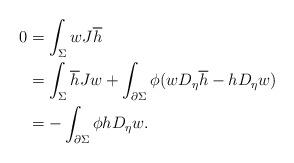
LaTeX: \begin{align*}0 &=\int_\Sigma w J\overline{h}\\&=\int_\Sigma \overline{h}J w +\int_{\partial \Sigma}\phi(w D_\eta\overline{h}-h D_\eta w)\\&=-\int_{\partial \Sigma}\phi h D_{\eta} w.\end{align*}